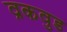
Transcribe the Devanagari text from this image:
व्रकवुड